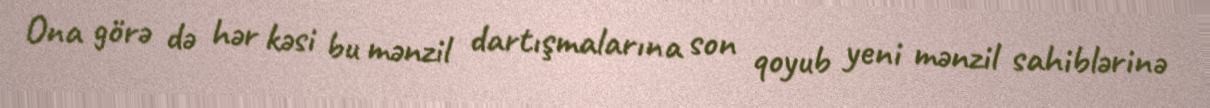
Ona görə də hər kəsi bu mənzil dartışmalarına son qoyub yeni mənzil sahiblərinə